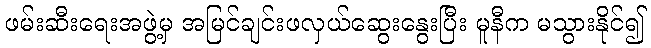
ဖမ်းဆီးရေးအဖွဲ့မှ အမြင်ချင်းဖလှယ်ဆွေးနွေးပြီး မူနီက မသွားနိုင်၍